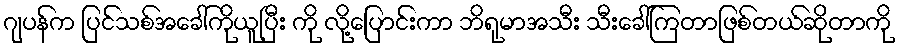
ဂျပန်က ပြင်သစ်အခေါ်ကိုယူပြီး ကို လို့ပြောင်းကာ ဘိရုမာအသီး သီးခေါ်ကြတာဖြစ်တယ်ဆိုတာကို